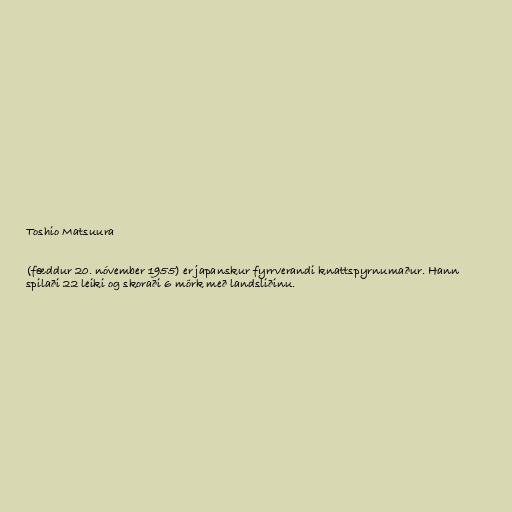
Toshio Matsuura

(fæddur 20. nóvember 1955) er japanskur fyrrverandi knattspyrnumaður. Hann
spilaði 22 leiki og skoraði 6 mörk með landsliðinu.